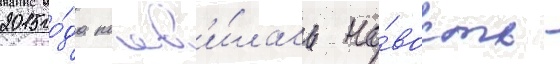
2015 го́да поав'и́лась но́вость